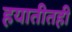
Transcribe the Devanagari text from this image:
हयातीतही